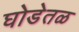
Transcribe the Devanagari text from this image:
घोडेतळ